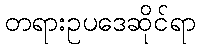
တရားဥပဒေဆိုင်ရာ